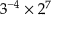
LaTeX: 3 ^ { - 4 } \times 2 ^ { 7 }